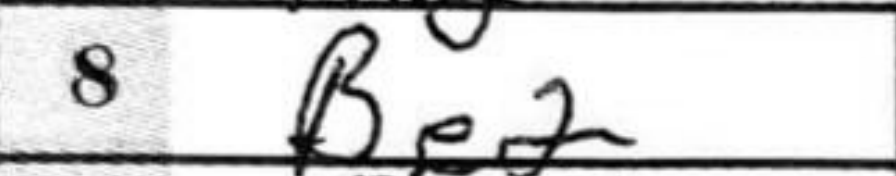
Transcription: Be2